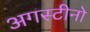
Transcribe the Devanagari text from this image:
अगस्टीनो